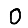
Digit: 0